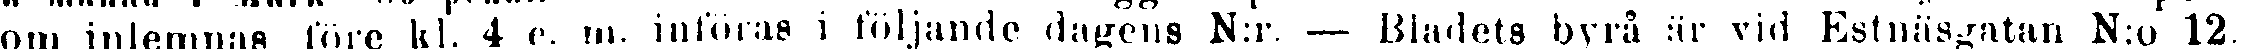
som inlenmas före kl. 4 e. m. inforas i följande dagens N:r. — Bladets byrå är vid Estnäsgatan N:o 12.